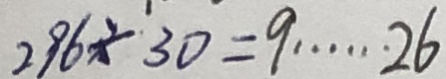
2 9 6 \div 3 0 = 9 \cdots 2 6